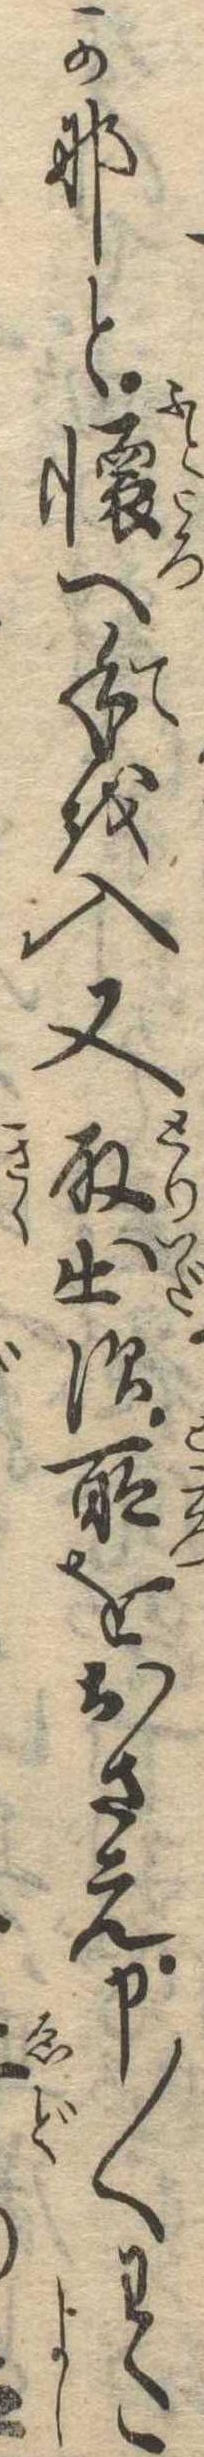
かなと懐へ手を入又取出す所をおさえ申〱わた